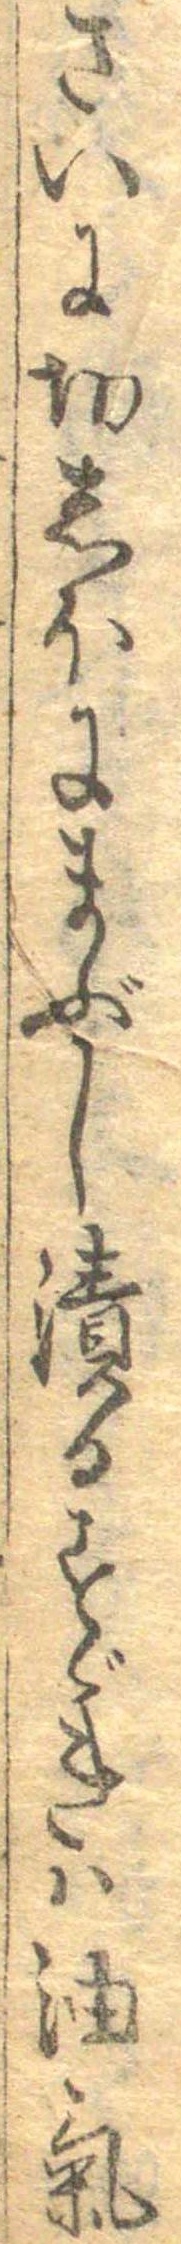
さいに切しほにまぶし漬るすゞきは油気